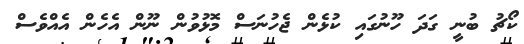
ކޯޗު ބުނީ ގަދަ ހޫނުގައި ކުޅެެން ޖެހުނަސް މޮޅުވުން ނޫން އެހެން އެއްވެސް